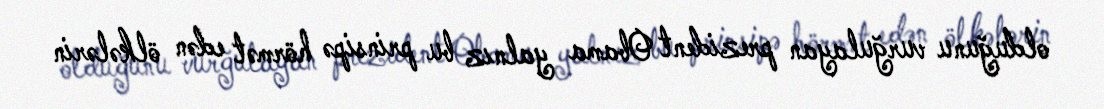
olduğunu vurğulayan prezident Obama yalnız bu prinsipə hörmət edən ölkələrin